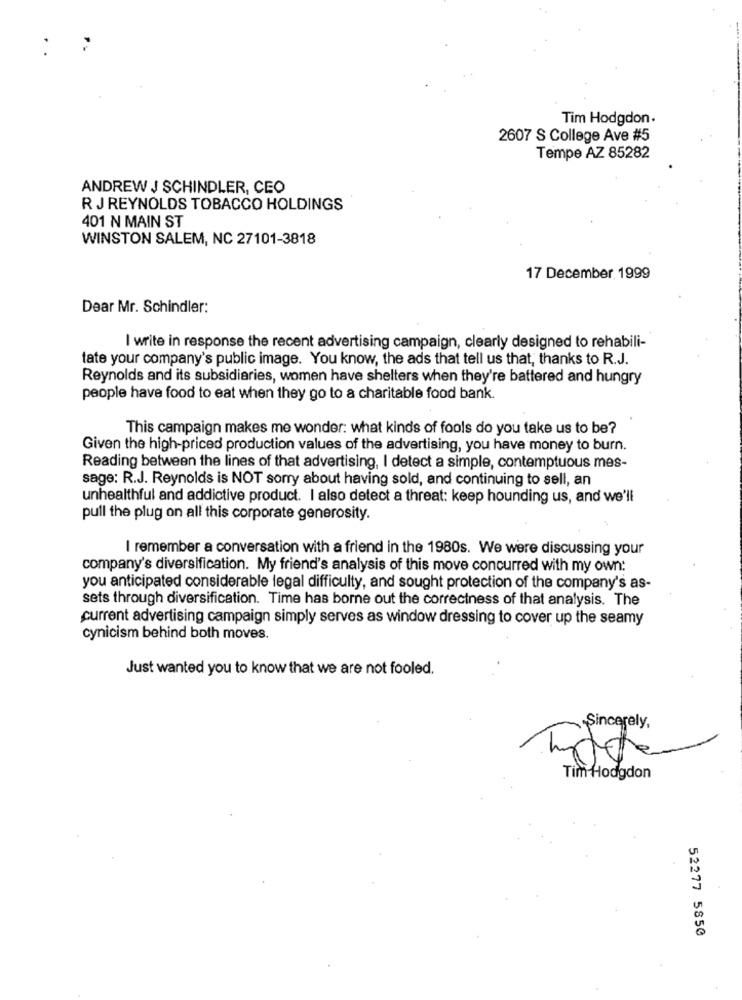
Tim Hodgdon.
2607 S College Ave #5
Tempe AZ 85282
ANDREW J SCHINDLER, CEO
R J REYNOLDS TOBACCO HOLDINGS
401 N MAIN ST
WINSTON SALEM, NC 27101-3818
17 December 1999
Dear Mr. Schindler:
I write in response the recent advertising campaign, clearly designed to rehabili-
tate your company's public image. You know, the ads that tell us that, thanks to R.J.
Reynolds and its subsidiaries, women have shelters when they're battered and hungry
people have food to eat when they go to a charitable food bank.
This campaign makes me wonder: what kinds of fools do you take us to be?
Given the high-priced production values of the advertising, you have money to burn.
Reading between the lines of that advertising, I detect a simple, contemptuous mes-
sage: R.J. Reynolds is NOT sorry about having sold, and continuing to sell, an
unhealthful and addictive product. I also detect a threat: keep hounding us, and we'll
pull the plug on all this corporate generosity.
I remember a conversation with a friend in the 1980s. We were discussing your
company's diversification. My friend's analysis of this move concurred with my own:
you anticipated considerable legal difficulty, and sought protection of the company's as-
sets through diversification. Time has borne out the correctness of that analysis. The
current advertising campaign simply serves as window dressing to cover up the seamy
cynicism behind both moves.
Just wanted you to know that we are not fooled.
Sincerely,
Tim Hodgdon
52277 5850